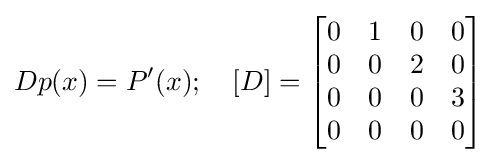
Dp(x)=P'(x);\quad [D]={\begin{bmatrix}0&1&0&0\\0&0&2&0\\0&0&0&3\\0&0&0&0\\\end{bmatrix}}